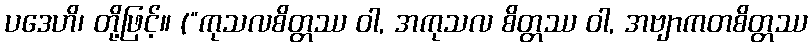
ပဒေဟိ၊ တို့ဖြင့်။ (“ကုသလစိတ္တဿ ဝါ, အကုသလ စိတ္တဿ ဝါ, အဗျာကတစိတ္တဿ